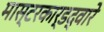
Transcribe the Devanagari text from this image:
मास्टरकार्डद्वारे